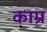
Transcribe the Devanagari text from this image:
काम्र